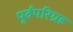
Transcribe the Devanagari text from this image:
पूर्वपरिग्रह